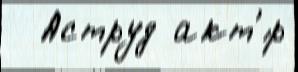
  Аструд акт'́р